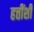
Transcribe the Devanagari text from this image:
हत्तींशी